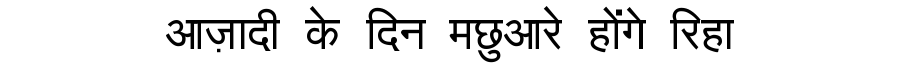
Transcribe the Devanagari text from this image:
आज़ादी के दिन मछुआरे होंगे रिहा